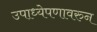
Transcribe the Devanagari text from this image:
उपाध्येपणावरुन